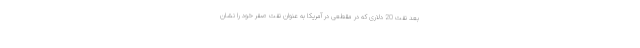
بعد نفت 20 دلاری که در مقطعی در آمریکا به عنوان نفت صفر خود را نشان